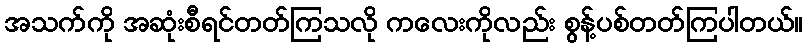
အသက်ကို အဆုံးစီရင်တတ်ကြသလို ကလေးကိုလည်း စွန့်ပစ်တတ်ကြပါတယ်။